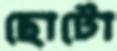
ছোটো